Report of the Municipal Commissioner on the plague in Bombay for the year ending 31st May... - Volume 3
Disease focus: Plague
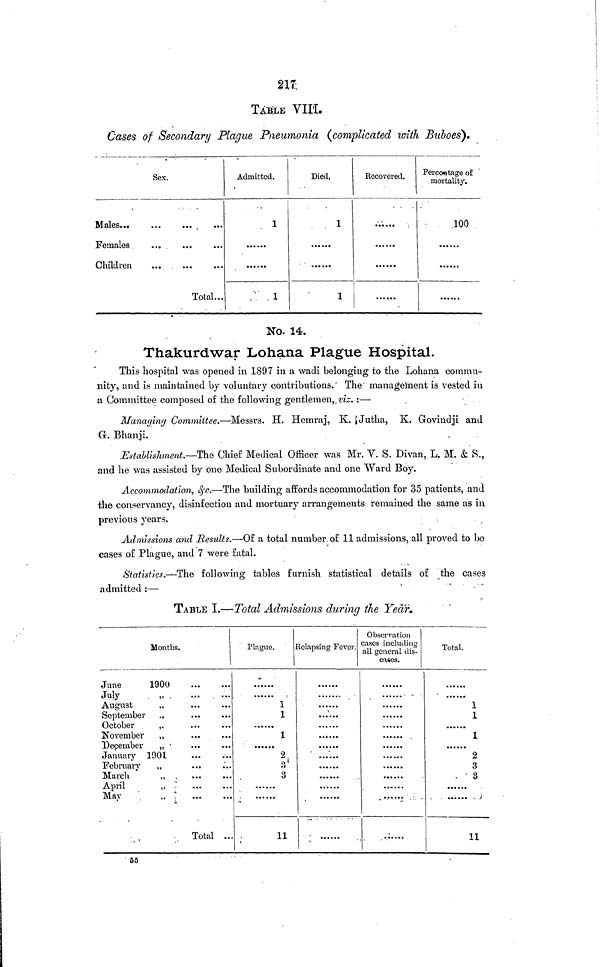
217
TAULE VIII.
Cases of Secondary Plague Pneumonia (complicated with Buboes).
Sex.
Males...
Females
Children
Total...
Admitted.
1
, ' . 1
Died.
1
1
Recovered.
.'.....
;
Percentage of
mortality.
.100
No. 14.
Thakurdwar Lohana Plague Hospital.
This hospital was opened in 1897 in a wadi belonging to the Lohana commu-
nity, and is maintained by voluntary contributions. The management is vested in
a Committee composed of the following gentlemen,, viz. :—
Managing Committee.—Messrs. H. Hemraj, K. |Jutha, K. Grovindji and
G. Bhanji.
.Establishment.—The Chief Medical Officer was Mr. V. S. Divan, L. M. & S.,
and lie was assisted by one Medical Subordinate and one "Ward Boy.
Accommodation, &c.—The building affords accommodation for 35 patients, and
the conservancy, disinfection and mortuary arrangements remained the same as in
previous years.
Admissions and Results.—Of a total number, of 11 admissions, all proved to be
cases of Plague, and 7 were fatal.
Statistics.—The following tables furnish statistical details of the cases
admitted :—
'
'
TABLE I.—Total Admissions during the Year.
Months.
June
1900
July
. , .
August
,
September
October
,
November
,
December
, i
January 190 L
February
„
March
„ .
April
„
May
„ ! "
Total ..
Plague.
;
-
1
1
1
2
2
3
-
11
lelapsing Fever.
v
Observation
cases including
all general dis-
eases.
-
. •••..; .: -
'
Total.
•
1
1
1
2
3
. ' 3
•-
>
11
55